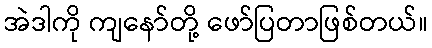
အဲဒါကို ကျနော်တို့ ဖော်ပြတာဖြစ်တယ်။